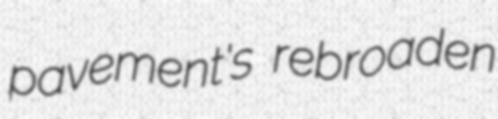
pavement's rebroaden